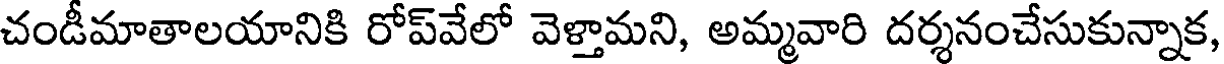
చండీమాతాలయానికి రోప్వేలో వెళ్తామని, అమ్మవారి దర్శనంచేసుకున్నాక,